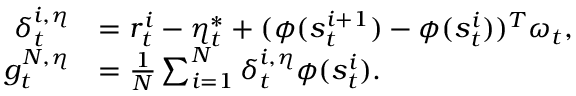
\begin{array} { r l } { \delta _ { t } ^ { i , \eta } } & { = r _ { t } ^ { i } - \eta _ { t } ^ { * } + ( \phi ( s _ { t } ^ { i + 1 } ) - \phi ( s _ { t } ^ { i } ) ) ^ { T } \omega _ { t } , } \\ { g _ { t } ^ { N , \eta } } & { = \frac { 1 } { N } \sum _ { i = 1 } ^ { N } \delta _ { t } ^ { i , \eta } \phi ( s _ { t } ^ { i } ) . } \end{array}